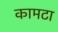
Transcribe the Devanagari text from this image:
कामटा